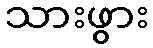
သားဖွား